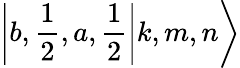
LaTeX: \left|\left.b,\frac{1}{2},a,\frac{1}{2}\right|k,m,n\right\rangle